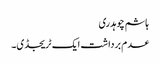
ہاشم چوہدری
عدم برداشت ایک ٹریجڈی۔